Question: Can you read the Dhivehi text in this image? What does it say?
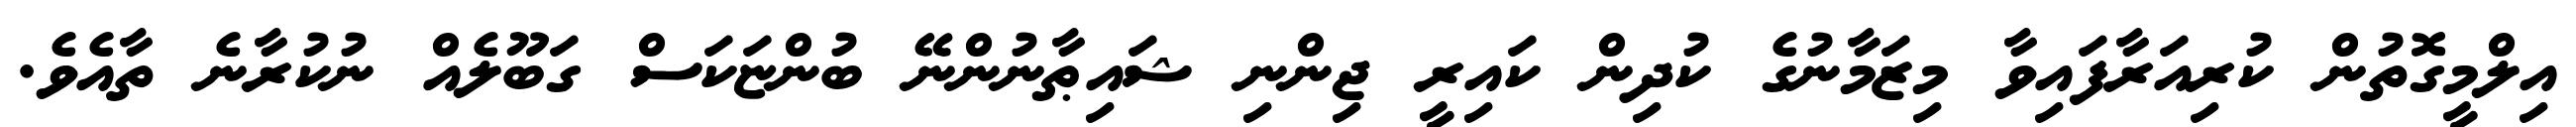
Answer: އިލްމީގޮތުން ކުރިއަރާފައިވާ މިޒަމާނުގެ ކުދިން ކައިރީ ޖިންނި ޝައިޠާނުންނޭ ބުންޏަކަސް ގަބޫލެއް ނުކުރާނެ ތާއެވެ.